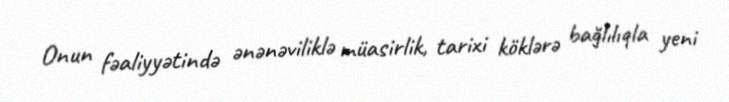
Onun fəaliyyətində ənənəviliklə müasirlik, tarixi köklərə bağlılıqla yeni